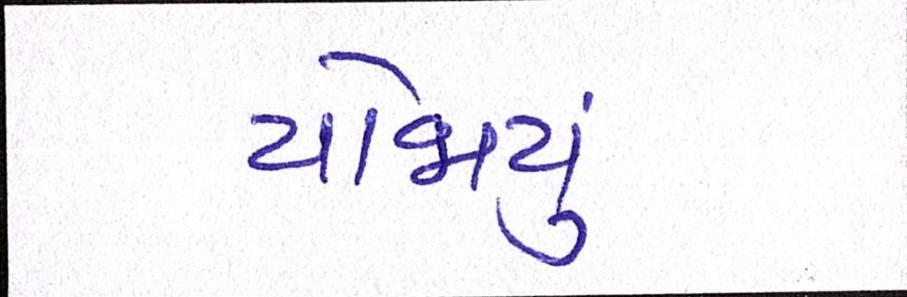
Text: યોજાયું